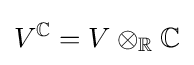
V^{\mathbb {C} }=V\otimes _{\mathbb {R} }\mathbb {C}